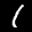
Label: 1